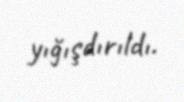
yığışdırıldı.